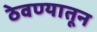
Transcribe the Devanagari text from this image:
ठेवण्यातून